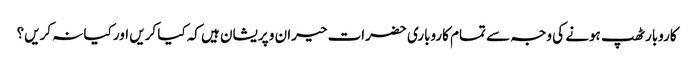
کاروبار ٹھپ ہونے کی وجہ سے تمام کاروباری حضرات حیران و پریشان ہیں کہ کیا کریں اور کیا نہ کریں؟